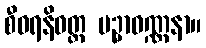
စီဝရနိဝတ္ထ ပဉ္ပာဝဏ္ဏနာ။